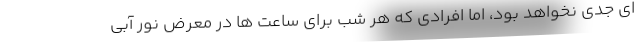
ای جدی نخواهد بود، اما افرادی که هر شب برای ساعت ها در معرض نور آبی